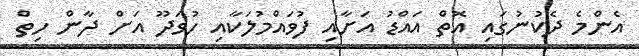
އެންމެ ދެކުނުގައި އޮތް އައްޑު އަށާއި ފުވައްމުލަކާއި ހުވަދޫ އަށް ދާން ހިތް